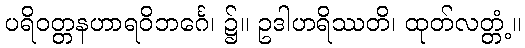
ပရိဝတ္တနဟာရဝိဘင်္ဂေ၊ ၌။ ဥဒါဟရိဿတိ၊ ထုတ်လတ္တံ့။